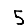
Digit: 5